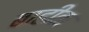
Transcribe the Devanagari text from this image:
बाहीक